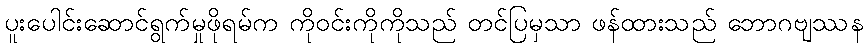
ပူးပေါင်းဆောင်ရွက်မှုဖိုရမ်က ကိုဝင်းကိုကိုသည် တင်ပြမှသာ ဖန်ထားသည် ဘောဂဗျဿန